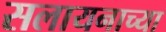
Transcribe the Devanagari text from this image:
सलायनाच्या